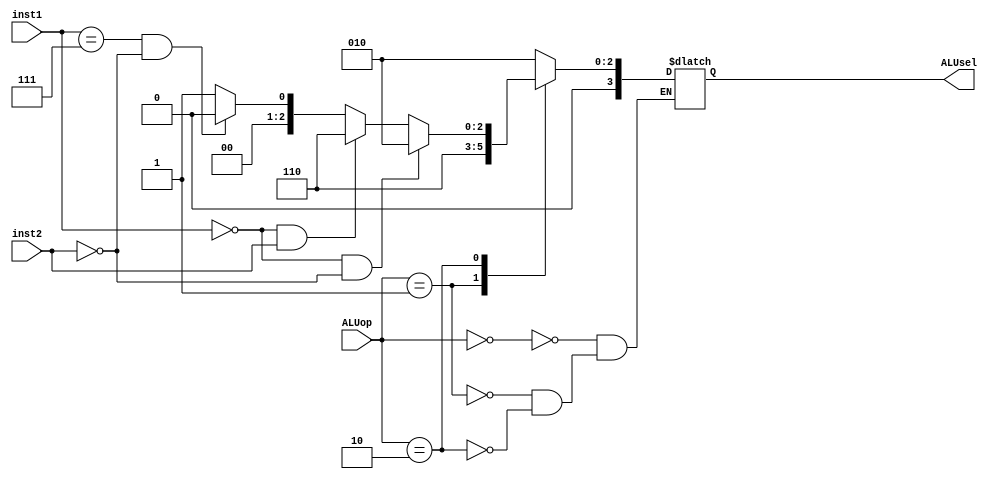
`timescale 1ns / 1ps
//////////////////////////////////////////////////////////////////////////////////
// Company: 
// Engineer: 
// 
// Design Name: 
// Module Name: ALU_CU
// Project Name: 
// Target Devices: 
// Tool Versions: 
// Description: 
// 
// Dependencies: 
// 
// Revision:
// Revision 0.01 - File Created
// Additional Comments:
// 
//////////////////////////////////////////////////////////////////////////////////


module ALU_CU(
output reg [3:0] ALUsel, input [1:0] ALUop, input [14:12]inst1, input inst2 
    );
    
    always @ (*) begin
        case(ALUop) 
        2'b00: ALUsel = 4'b0010; 
        2'b01: ALUsel = 4'b0110; 
        2'b10: begin 
            if(inst1 == 0  && inst2 == 0) begin
                ALUsel=4'b0010; 
            end 
            else if(inst1 == 0 && inst2 == 1) begin 
                ALUsel = 4'b0110;
            end
            else if(inst1 == 7 && inst2 == 0) begin
                ALUsel = 4'b0000; 
                end
            else
                ALUsel = 4'b0001;     
               
                
        end
        
        endcase
    end
endmodule